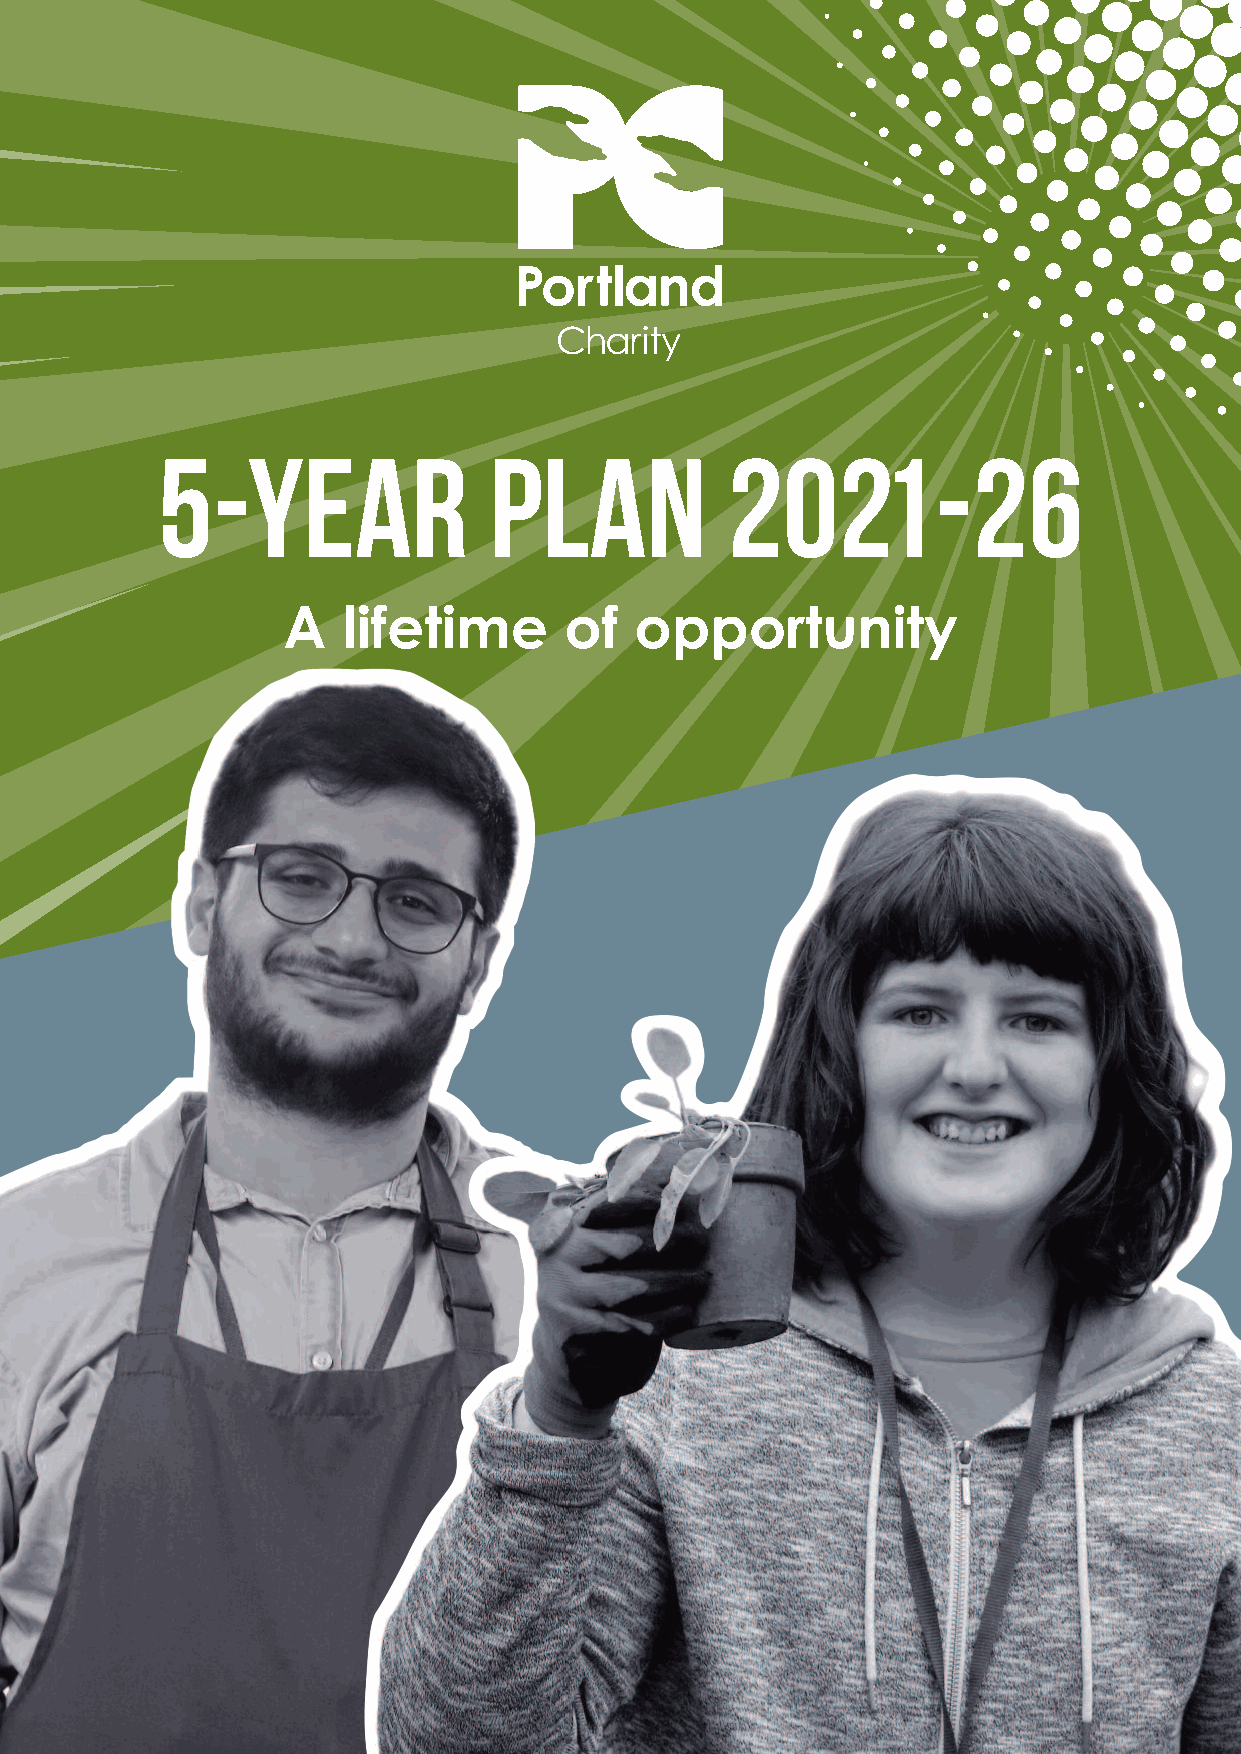
5-YEAR                PLAN            2021-26
 A   lifetime      of   opportunity